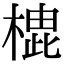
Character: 𪳡